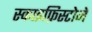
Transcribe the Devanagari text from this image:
स्काइफ़िस्टोमे